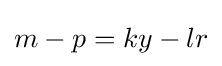
m-p=ky-lr